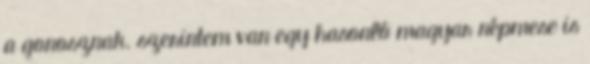
a gonosznak. szerintem van egy hasonló magyar népmese is